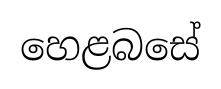
හෙළබසේ